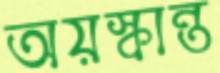
অয়স্কান্ত